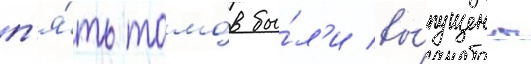
п'я́ть томо́в бы́л'и вы́пущены